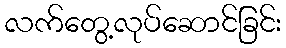
လက်တွေ့လုပ်ဆောင်ခြင်း